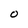
Character: O